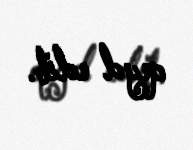
qeyd edib.